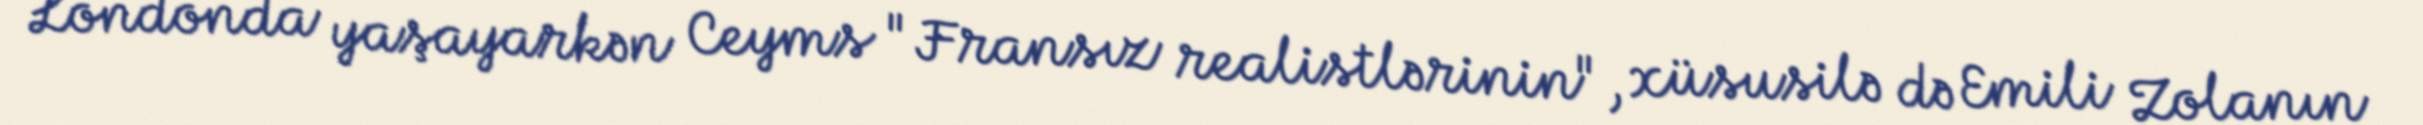
Londonda yaşayarkən Ceyms "Fransız realistlərinin", xüsusilə də Emili Zolanın